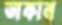
ডাকান